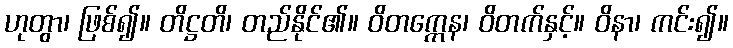
ဟုတွာ၊ ဖြစ်၍။ တိဋ္ဌတိ၊ တည်နိုင်၏။ ဝိတက္ကေန၊ ဝိတက်နှင့်။ ဝိနာ၊ ကင်း၍။